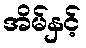
အိမ်နှင့်